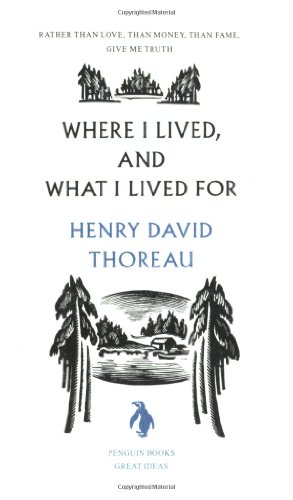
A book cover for Where I Lived, and What I Lived For (Penguin Great Ideas); Henry David Thoreau; Biographies & Memoirs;